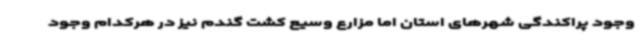
وجود پراکندگی شهرهای استان اما مزارع وسیع کشت گندم نیز در هرکدام وجود